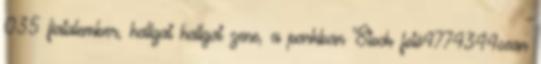
035 fiatalember, hallgat hallgat zene, a parkban Stock fotó4774344sean